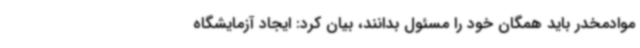
موادمخدر باید همگان خود را مسئول بدانند، بیان کرد: ایجاد آزمایشگاه